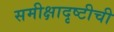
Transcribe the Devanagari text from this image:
समीक्षादृष्टीची